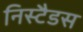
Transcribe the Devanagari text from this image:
निस्टैडस